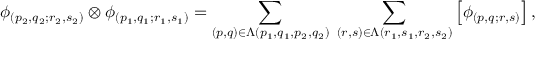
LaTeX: \phi _ { ( p _ { 2 } , q _ { 2 } ; r _ { 2 } , s _ { 2 } ) } \otimes \phi _ { ( p _ { 1 } , q _ { 1 } ; r _ { 1 } , s _ { 1 } ) } = \sum _ { ( p , q ) \in \Lambda ( p _ { 1 } , q _ { 1 } , p _ { 2 } , q _ { 2 } ) } \; \sum _ { ( r , s ) \in \Lambda ( r _ { 1 } , s _ { 1 } , r _ { 2 } , s _ { 2 } ) } \left[ \phi _ { ( p , q ; r , s ) } \right] ,